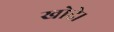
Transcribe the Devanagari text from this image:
खोदे।